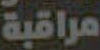
مراقبة